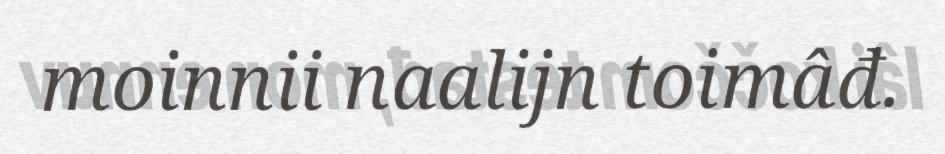
moinnii naalijn toimâđ.